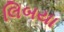
લિબયા